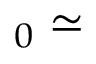
_ 0 \simeq